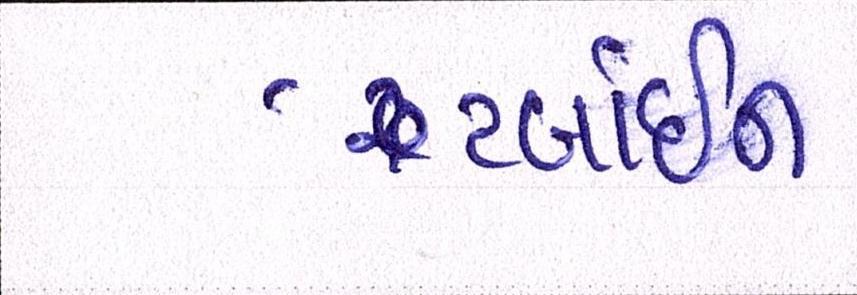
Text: ટર્બાઇન